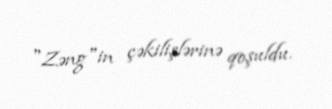
"Zəng"in çəkilişlərinə qoşuldu.